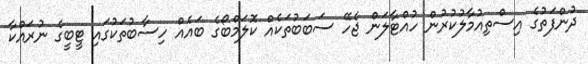
ދުންފަތުގެ އިސްތިއުމާލުކުރުން ހުއްޓާލަން ޖެހޭ ސަބަބުތަކެއް ކޮލަމްބޯގެ ބައެއް ހިސާބުތަކުގައި ޓީބީގެ ނުރައްކާ